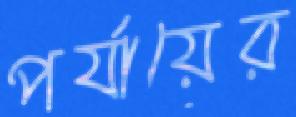
পর্যায়ের